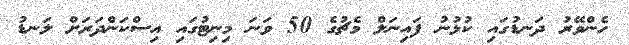
ހެންވޭރު ދަނޑުގައި ކުޅުނު ފައިނަލް މެޗުގެ 50 ވަނަ މިނިޓުގައި އިސްކަންދަރަށް ލަނޑު